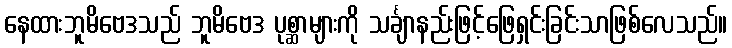
နေထားဘူမိဗေဒသည် ဘူမိဗေဒ ပုစ္ဆာများကို သင်္ချာနည်းဖြင့်ဖြေရှင်းခြင်းသာဖြစ်လေသည်။